Report on vaccination North-West Frontier Province 1904-1922 - 1904-1922
Year: 1904
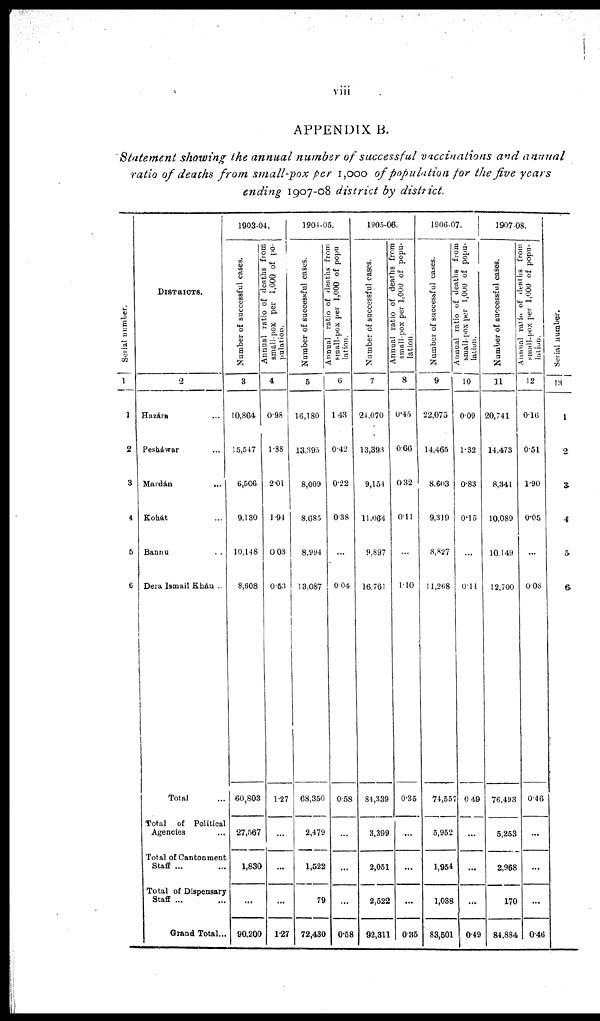
viii
APPENDIX B.
Statement showing the annual number of successful vaccinations and annual
ratio of deaths from small-pox per 1,000 of population for the five years
ending 1907-08 district by district.
Serial number.
1
1
2
3
4
5
6
DISTRICTS.
2
Hazára ...
Pesháwar ...
Mardán ...
Kohát ...
Bannu ...
Dera Ismail Khán ..
Total ...
Total of Political
Agencies ...
Total of Cantonment
Staff ... ...
Total of Dispensary
Staff ... ...
Grand Total...
1903-04.
Number of successful cases.
3
10,864
15,547
6,506
9,130
10,148
8,608
60,803
27,567
1,830
...
90,200
Annual ratio of deaths from
small-pox per 1,000 of po-
pulation.
4
0.98
1.88
2.01
1.94
0.03
0.53
1.27
...
...
...
1.27
1904-05.
Number of successful cases.
5
16,180
13,395
8,009
8,685
8,994
13,087
68,350
2,479
1,522
79
72,430
Annual ratio of deaths from
small-pox per 1,000 of popu-
lation.
6
143
0.42
0.22
0.38
...
0.04
0.58
...
...
...
0.58
1905-06.
Number of successful cases.
7
24,070
13,393
9,154
11,064
9,897
16,761
84,339
3,399
2,051
2,522
92,311
Annual ratio of deaths from
small-pox per 1,000 of popu-
lation.
8
0.45
0.66
0.32
0.11
...
1.10
0.35
...
...
...
0.35
1906-07.
Number of successful cases.
9
22,075
14,465
8,603
9,319
8,827
11,268
74,557
5,952
1,954
1,038
83,501
Annual ratio of deaths from
small-pox per 1,000 of popu-
lation.
10
0.09
1.32
0.83
0.15
...
0.11
0.49
...
...
...
0.49
1907-08.
Number of successful cases.
11
20,741
14,473
8,341
10,089
10,149
12,700
76,493
5,253
2,968
170
84,884
Annual ratio of deaths from
small-pox per 1,000 of popu-
lation.
12
0.16
0.51
1.90
0.05
...
0.08
0.46
...
...
...
0.46
Serial number.
13
1
2
3
4
5
6